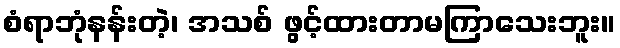
စံရာဘုံနန်းတဲ့၊ အသစ် ဖွင့်ထားတာမကြာသေးဘူး။